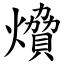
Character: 燲